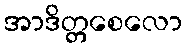
အာဒိတ္တစေလော